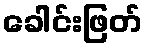
ခေါင်းဖြတ်